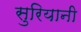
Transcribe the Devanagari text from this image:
सुरियानी